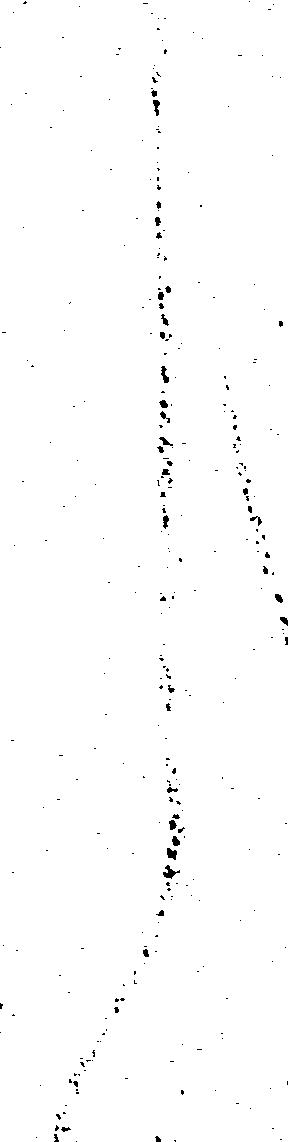
く